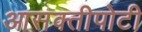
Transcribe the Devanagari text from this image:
आसक्तीपोटी